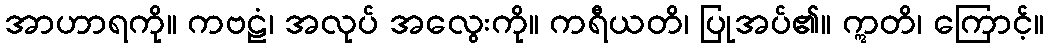
အာဟာရကို။ ကဗဠံ၊ အလုပ် အလွေးကို။ ကရီယတိ၊ ပြုအပ်၏။ ဣတိ၊ ကြောင့်။